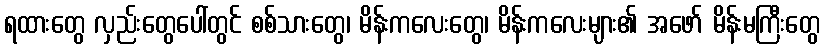
ရထားတွေ လှည်းတွေပေါ်တွင် စစ်သားတွေ၊ မိန်းကလေးတွေ၊ မိန်းကလေးများ၏ အဖော် မိန်းမကြီးတွေ